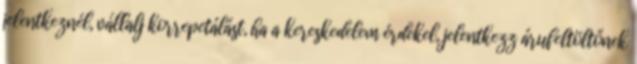
jelentkeznél, vállalj korrepetálást, ha a kereskedelem érdekel, jelentkezz árufeltöltőnek